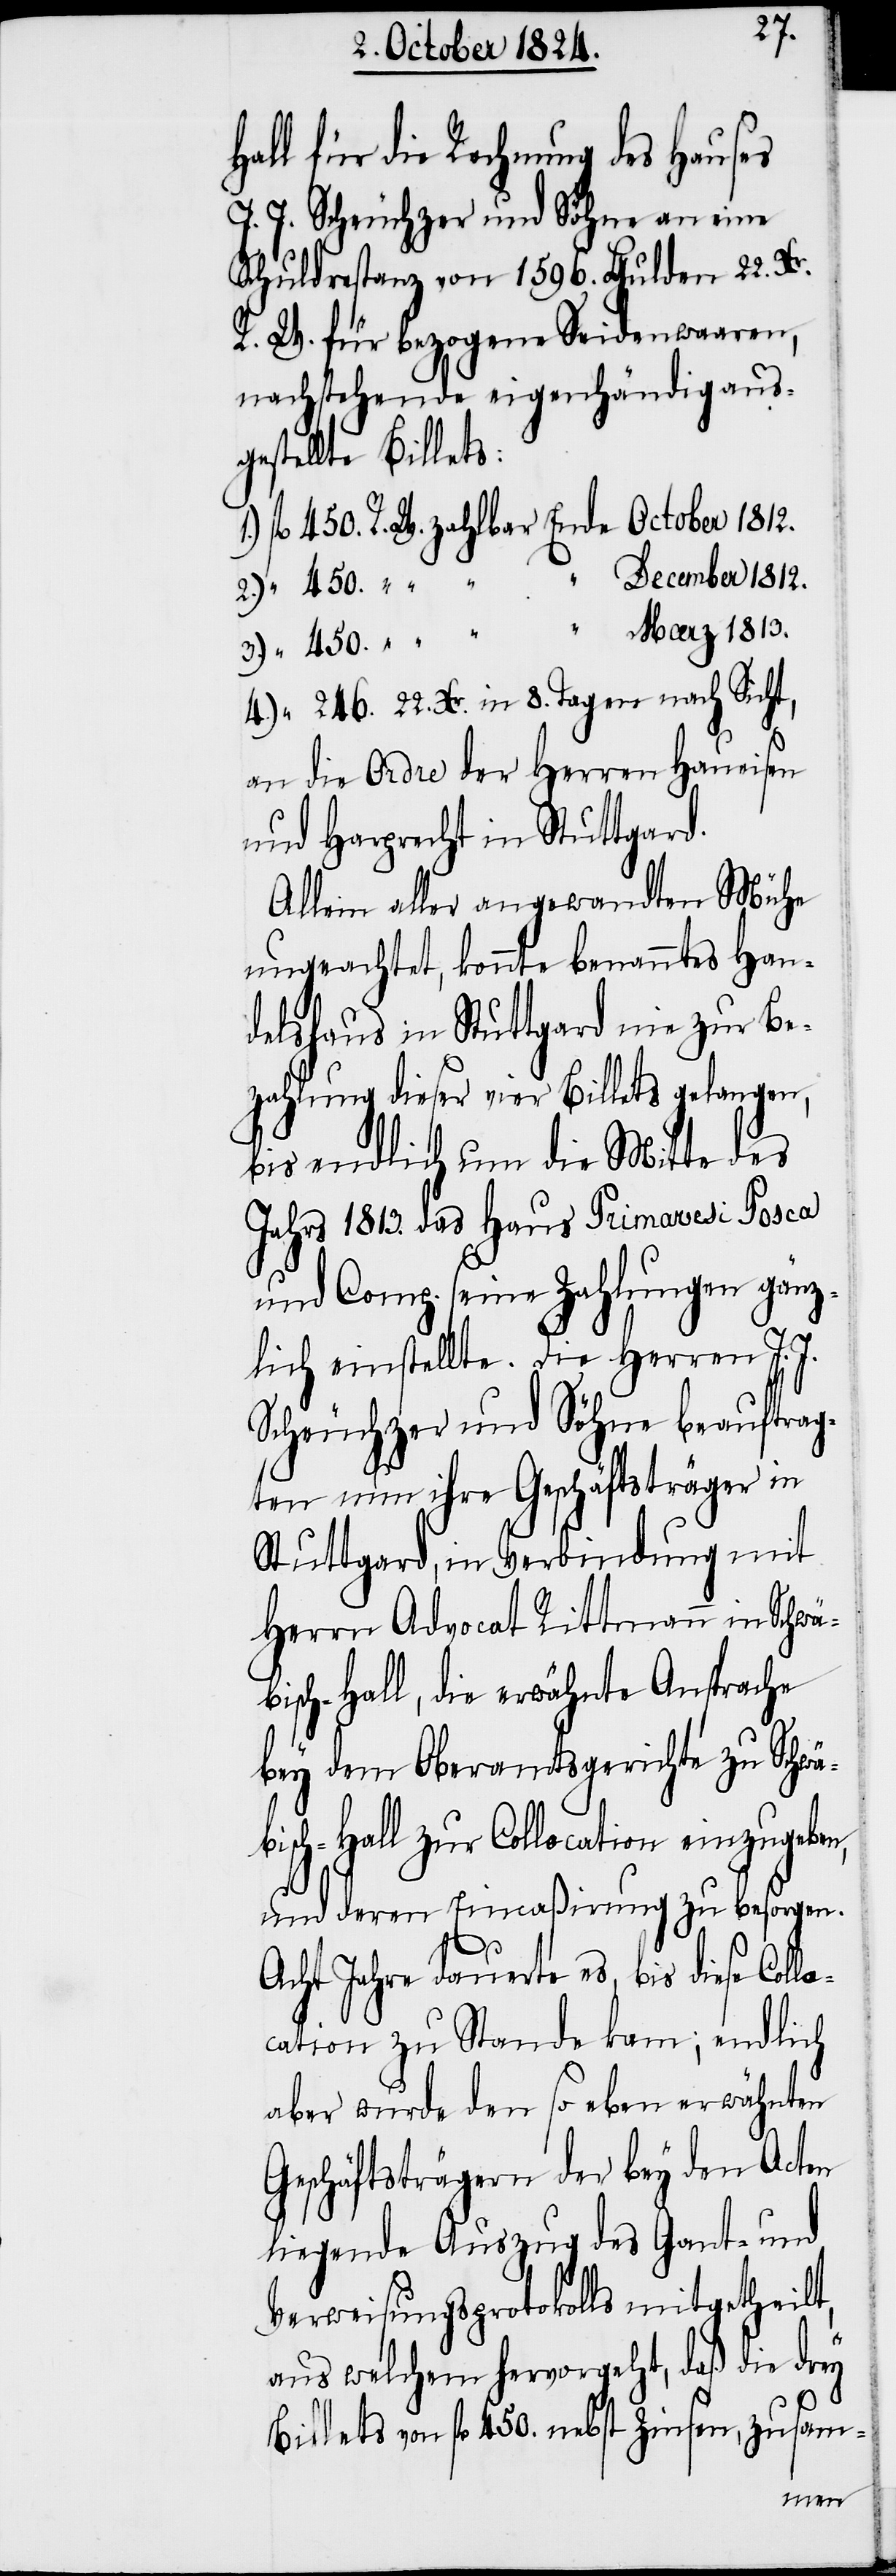
Hall für de Rechnung des Hauses
J. J. Scheuchzer und Söhne an eine
Schuldrestanz von 1596. Gulden 22. Xr.
R. W. für bezogene Seidenwaaren,
nachstehende eigenhändig aus¬
gestellte Billets:
1.) fl 450. R. W. zahlbar Ende October 1812.
December 1812.
2.) “ 450. “ “ “
3.) “ 450. “ “ “ “ Maerz 1813.
4.) “ 446. 22. Xr. in 8. Tagen nach Sicht,
an die Ordre der Herren Haueisen
und Harprecht in Stuttgard.
Allein aller angewandten Mühe
ungeachtet, konnte benanntes Han¬
delshaus in Stuttgart nie zur Be¬
zahlung dieser vier Billets gelangen,
bis endlich um die Mitte des
Jahrs 1813. das Haus Primavesi Posca
und Comp. seine Zahlungen gänz¬
lich einstellte. Die Herren J. J.
Scheuchzer und Söhne beauftrag¬
ten nun ihre Geschäftsträger in
Stuttgard, in Verbindung mit
Herrn Advocat Rittmann in Schwä¬
bisch-Hall, die erwähnte Ansprache
bey dem Oberamtsgerichte zu Schwä¬
bisch-Hall zur Collocation einzugeben,
und deren Eincaßirung zu besorgen.
Acht Jahre dauerte es, bis diese Coll¬
ocation zu Stande kam; endlich
aber wurde den so eben erwähnten
Geschäftsträgern der bey den Acten
liegende Auszug des Gant- und
Verweisungsprotokolls mitgetheilt,
aus welchem hervorgeht, daß die drey
Billets von fl 450. nebst Zinsen, zusam-